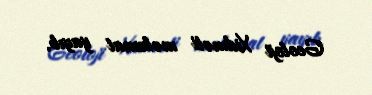
Geoloji Xidməti məlumat yayıb.